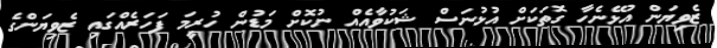
ޒެވިޔަން އުޅޭނެހާ ގޮތަކަށް އުޅުނަސް ޝަކުވާއެއް ނުކޮށް މަޑުން ހުރީމަ ފަހަރެއްގައި ޒެވިޔަންގެ